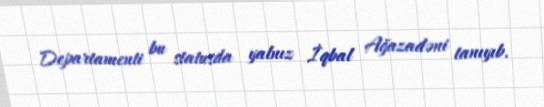
Departamenti bu statusda yalnız İqbal Ağazadəni tanıyıb.